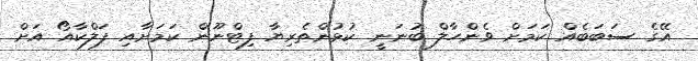
އޭގެ ސަބަބެއް ކަމަށް ވެންހާލް ބުނަނީ ކުޅުންތެރިޔާ ފިޓްނޫން ކަމަށާއި ފަލްކާއޯ އަށް